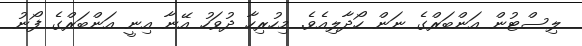
ލިސްޓުން އަންބަރްގެ ނަން ހޯދާލިއެވެ. މިހުރިހާ ދުވަހު އޭނާ އިނީ އަންބަރްގެ ފޯނު